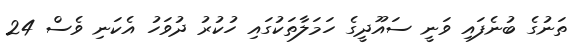
ތަނުގެ ބުނެފައި ވަނީ ސައޫދީގެ ހަމަލާތަކުގައި ހުކުރު ދުވަހު އެކަނި ވެސް 24